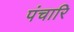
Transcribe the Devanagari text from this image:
पंचारि